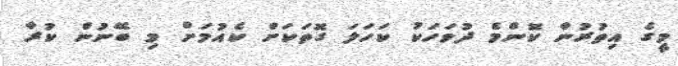
މީގެ އިތުރުން ކޮންމެ ދުވަހަކު ކަހަލަ ގޮތަކަށް ކެއުމަށް މި ބޭނުން ކުރާ